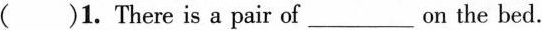
( )1.There is a pair of ___ on the bed.